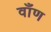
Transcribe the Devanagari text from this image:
वाँण